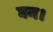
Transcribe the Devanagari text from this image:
घन।